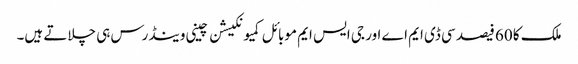
ملک کا 60 فیصد سی ڈی ایم اے اور جی ایس ایم موبائل کمیونکیشن چینی وینڈرس ہی چلاتے ہیں۔